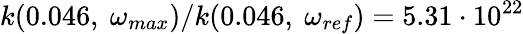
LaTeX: k(0.046,\ \omega_{max})/k(0.046,\ \omega_{ref})=5.31\cdot 10^{22}